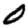
Digit: 0